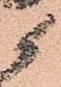
候